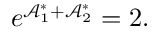
e ^ { \mathcal { A } _ { 1 } ^ { \ast } + \mathcal { A } _ { 2 } ^ { \ast } } = 2 .